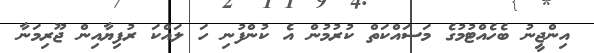
އިންޖީނު ބެހެއްޓުމުގެ މަސައްކަތް ކުރުމުން އެ ކުންފުނި ހަ ލައްކަ ރުފިޔާއިން ޖޫރިމަނާ